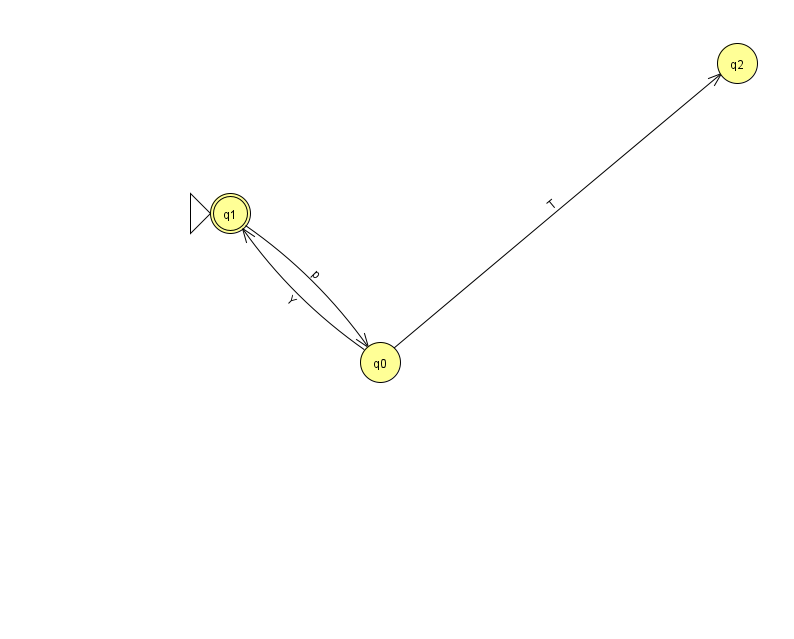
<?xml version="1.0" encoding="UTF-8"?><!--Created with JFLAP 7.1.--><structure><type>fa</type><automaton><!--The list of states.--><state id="0" name="q0"><x>380.0</x><y>349.0</y></state><state id="1" name="q1"><x>230.0</x><y>200.0</y><initial/><final/></state><state id="2" name="q2"><x>737.0</x><y>50.0</y></state><!--The list of transitions.--><transition><from>1</from><to>0</to><read>p</read></transition><transition><from>0</from><to>2</to><read>T</read></transition><transition><from>0</from><to>1</to><read>Y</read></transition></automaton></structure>